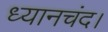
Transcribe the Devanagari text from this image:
ध्यानचंद।